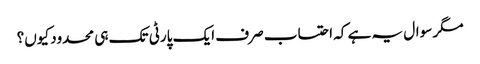
مگر سوال یہ ہے کہ احتساب صرف ایک پارٹی تک ہی محدود کیوں؟